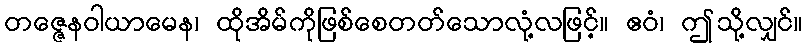
တဇ္ဇေနဝါယာမေန၊ ထိုအိမ်ကိုဖြစ်စေတတ်သောလုံ့လဖြင့်။ ဧဝံ၊ ဤသို့လျှင်။